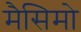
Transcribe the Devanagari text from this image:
मैसिमो